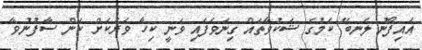
އައިފޯނު ލެނބޭ ކަމުގެ ޝަކުވާތައް ގިނަވެފައި ވަނީ ކިހާ ވަރަކަށް ކަން ސާފުނުވާ